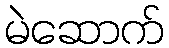
မဲဆောက်